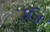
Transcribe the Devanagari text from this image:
मॅड